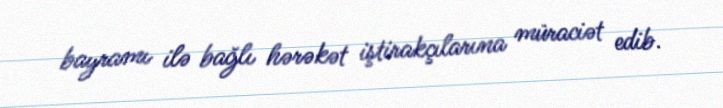
bayramı ilə bağlı hərəkət iştirakçılarına müraciət edib.